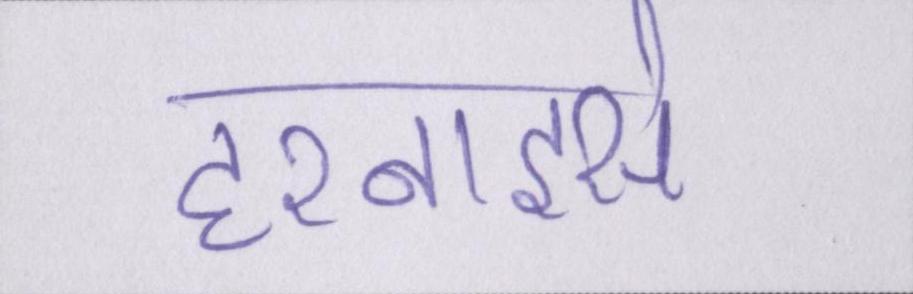
हरनाइसे